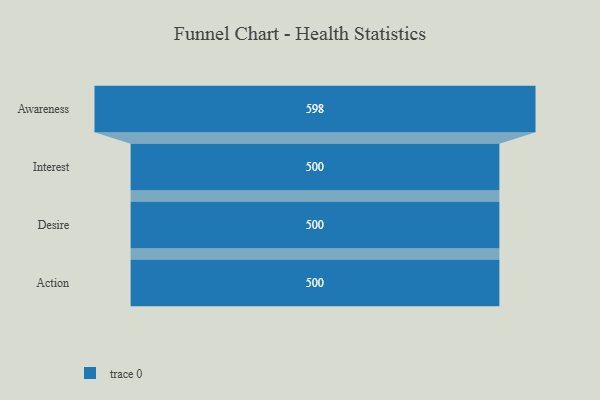
{"axis": {"x": "Stage", "y": "Value"}, "legend": [""], "data": [{"x": "Awareness", "y": 598.0, "type": ""}, {"x": "Interest", "y": 500, "type": ""}, {"x": "Desire", "y": 500, "type": ""}, {"x": "Action", "y": 500, "type": ""}]}